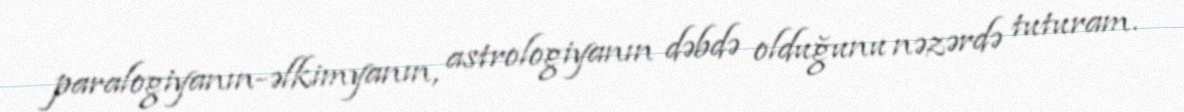
paralogiyanın-əlkimyanın, astrologiyanın dəbdə olduğunu nəzərdə tuturam.